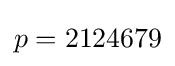
p=2124679